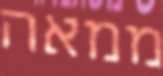
ממאה